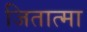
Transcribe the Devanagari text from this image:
जितात्मा